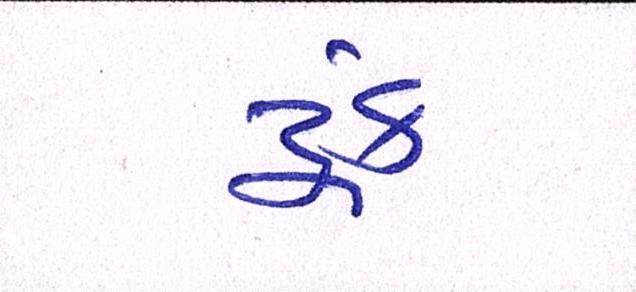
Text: ટૂંક